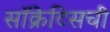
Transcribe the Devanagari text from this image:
सॉक्रेटिसची